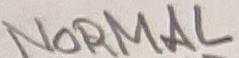
Text: NORMAL